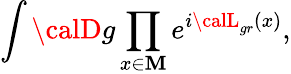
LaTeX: \int{\calD}g\prod_{x\in\cal\mathbf{M}}e^{i{\calL}_{gr}(x)},